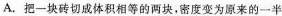
A.把一块砖切成体积相等的两块，密度变为原来的一半